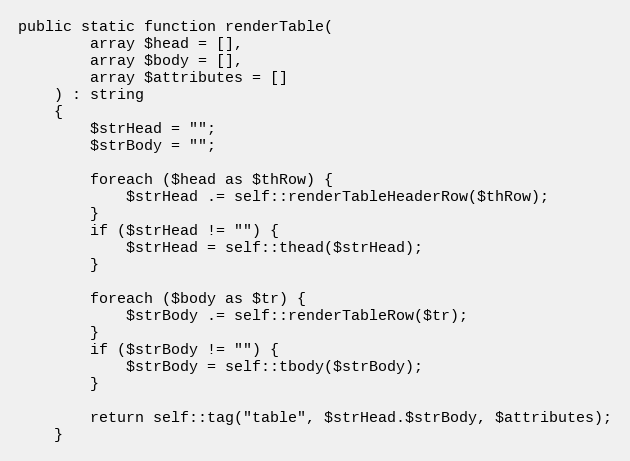
Language: PHP
public static function renderTable(
        array $head = [],
        array $body = [],
        array $attributes = []
    ) : string
    {
        $strHead = "";
        $strBody = "";

        foreach ($head as $thRow) {
            $strHead .= self::renderTableHeaderRow($thRow);
        }
        if ($strHead != "") {
            $strHead = self::thead($strHead);
        }

        foreach ($body as $tr) {
            $strBody .= self::renderTableRow($tr);
        }
        if ($strBody != "") {
            $strBody = self::tbody($strBody);
        }

        return self::tag("table", $strHead.$strBody, $attributes);
    }